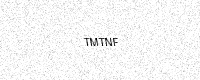
Text: TMTNF